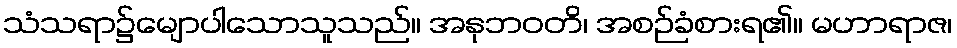
သံသရာ၌မျောပါသောသူသည်။ အနုဘဝတိ၊ အစဉ်ခံစားရ၏။ မဟာရာဇ၊